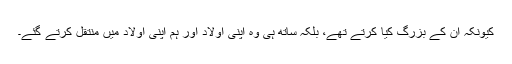
کیونکہ ان کے بزرگ کیا کرتے تھے، بلکہ ساتھ ہی وہ اپنی اولاد اور ہم اپنی اولاد میں منتقل کرتے گئے۔